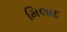
મિલાદ